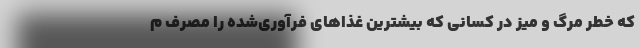
که خطر مرگ و میز در کسانی که بیشترین غذا‌های فرآوری‌شده را مصرف م